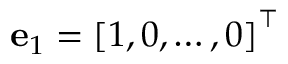
\mathbf { e } _ { 1 } = \left[ 1 , 0 , \ldots , 0 \right] ^ { \intercal }